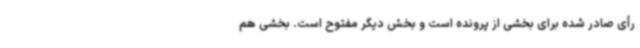
رأی صادر شده برای بخشی از پرونده است و بخش دیگر مفتوح است. بخشی هم